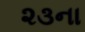
૨૩ના